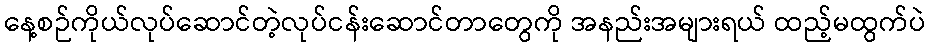
နေ့စဉ်ကိုယ်လုပ်ဆောင်တဲ့လုပ်ငန်းဆောင်တာတွေကို အနည်းအများရယ် ထည့်မထွက်ပဲ